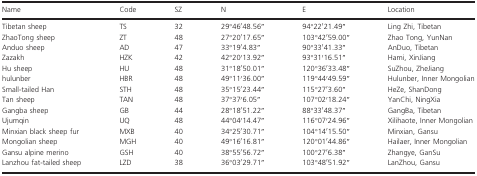
<table><thead><tr><td><b>Name</b></td><td><b>Code</b></td><td><b>SZ</b></td><td><b>N</b></td><td><b>E</b></td><td><b>Location</b></td></tr></thead><tbody><tr><td>Tibetan sheep</td><td>TS</td><td>32</td><td>29°46′48.56′′</td><td>94°22′21.49′′</td><td>Ling Zhi, Tibetan</td></tr><tr><td>ZhaoTong sheep</td><td>ZT</td><td>48</td><td>27°20′17.65′′</td><td>103°42′59.00′′</td><td>Zhao Tong, YunNan</td></tr><tr><td>Anduo sheep</td><td>AD</td><td>47</td><td>33°19′4.83′′</td><td>90°33′41.33′′</td><td>AnDuo, Tibetan</td></tr><tr><td>Zazakh</td><td>HZK</td><td>42</td><td>42°20′13.92′′</td><td>93°31′16.51′′</td><td>Hami, XinJiang</td></tr><tr><td>Hu sheep</td><td>HU</td><td>48</td><td>31°18′50.01′′</td><td>120°36′33.48′′</td><td>SuZhou, ZheJiang</td></tr><tr><td>hulunber</td><td>HBR</td><td>48</td><td>49°11′36.00′′</td><td>119°44′49.59′′</td><td>Hulunber, Inner Mongolian</td></tr><tr><td>Small‐tailed Han</td><td>STH</td><td>48</td><td>35°15′23.44′′</td><td>115°27′3.60′′</td><td>HeZe, ShanDong</td></tr><tr><td>Tan sheep</td><td>TAN</td><td>48</td><td>37°37′6.05′′</td><td>107°02′18.24′′</td><td>YanChi, NingXia</td></tr><tr><td>Gangba sheep</td><td>GB</td><td>44</td><td>28°18′51.22′′</td><td>88°33′48.37′′</td><td>GangBa, Tibetan</td></tr><tr><td>Ujumqin</td><td>UQ</td><td>48</td><td>44°04′14.47′′</td><td>116°07′24.96′′</td><td>Xilihaote, Inner Mongolian</td></tr><tr><td>Minxian black sheep fur</td><td>MXB</td><td>40</td><td>34°25′30.71′′</td><td>104°14′15.50′′</td><td>Minxian, Gansu</td></tr><tr><td>Mongolian sheep</td><td>MGH</td><td>40</td><td>49°16′16.81′′</td><td>120°01′44.86′′</td><td>Hailaer, Inner Mongolian</td></tr><tr><td>Gansu alpine merino</td><td>GSH</td><td>40</td><td>38°55′56.72′′</td><td>100°27′6.38′′</td><td>Zhangye, GanSu</td></tr><tr><td>Lanzhou fat‐tailed sheep</td><td>LZD</td><td>38</td><td>36°03′29.71′′</td><td>103°48′51.92′′</td><td>LanZhou, Gansu</td></tr></tbody></table>